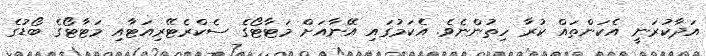
އަދާކުރަނީ އެކަންތައް ކުރާ ހިތުންނެވެ. އެކަމުގައި އޭނާއަށް މަޓާޓޯގެ ސެކްރެޓޭރިއަޓާއި މަޓާޓޯގެ ބޯޑުގެ